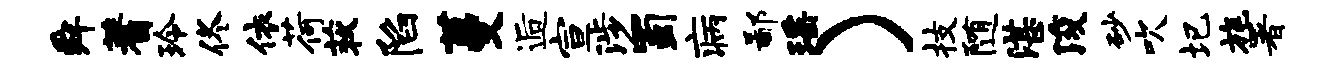
舜蓍玲佟依荷荻陷蔓逅宣涉蜀病鄙瑶）技随湛浚砂吹圮旄署